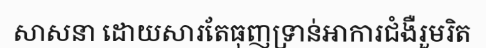
សាសនា ដោយសារតែធុញទ្រាន់អាការជំងឺរួមរិត